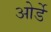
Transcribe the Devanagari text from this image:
ओर्डे